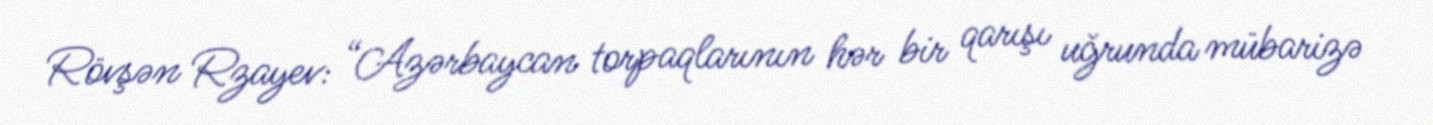
Rövşən Rzayev: “Azərbaycan torpaqlarının hər bir qarışı uğrunda mübarizə